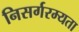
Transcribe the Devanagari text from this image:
निसर्गरम्यता